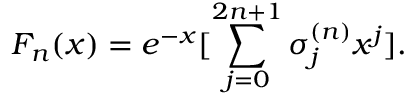
F _ { n } ( x ) = e ^ { - x } [ \sum _ { j = 0 } ^ { 2 n + 1 } \sigma _ { j } ^ { ( n ) } x ^ { j } ] .